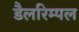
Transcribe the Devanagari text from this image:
डैलरिम्पल